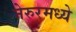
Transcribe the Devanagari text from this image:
नेरुरमध्ये